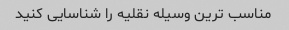
مناسب ترین وسیله نقلیه را شناسایی کنید